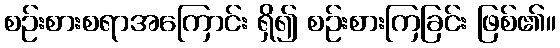
စဉ်းစားစရာအကြောင်း ရှိ၍ စဉ်းစားကြခြင်း ဖြစ်၏။